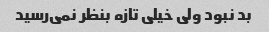
بد نبود ولی خیلی تازه بنظر نمی‌رسید